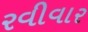
રવીવાર